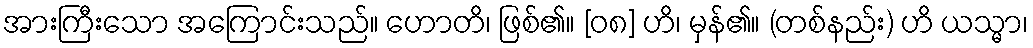
အားကြီးသော အကြောင်းသည်။ ဟောတိ၊ ဖြစ်၏။ [၀၈] ဟိ၊ မှန်၏။ (တစ်နည်း) ဟိ ယသ္မာ၊